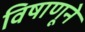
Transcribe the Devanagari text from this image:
विषाणूने